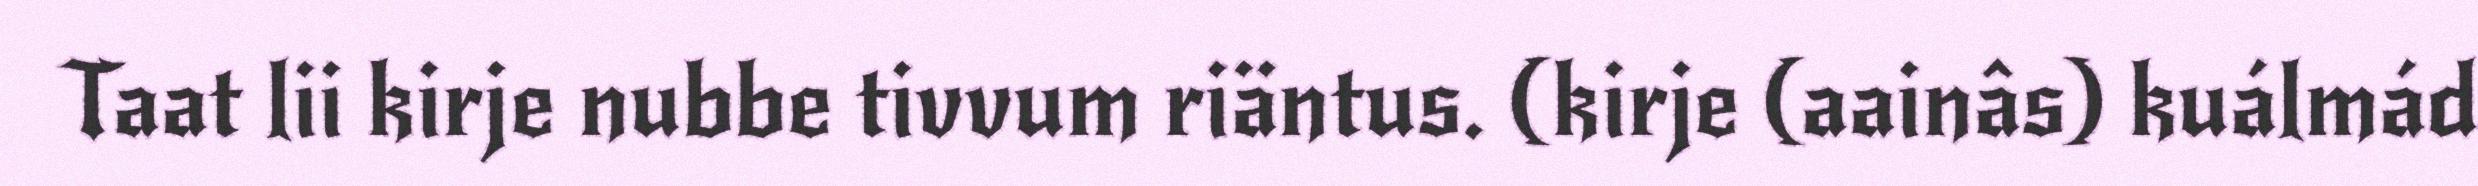
Taat lii kirje nubbe tivvum riäntus. (kirje (aainâs) kuálmád